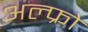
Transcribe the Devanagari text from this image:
अल्फ्रो